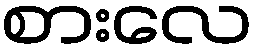
စားလေ